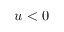
u < 0